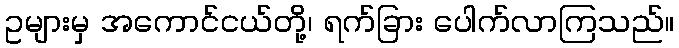
ဥများမှ အကောင်ငယ်တို့၊ ရက်ခြား ပေါက်လာကြသည်။